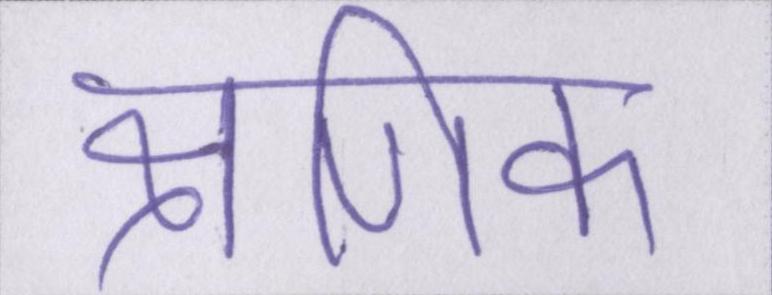
क्षणिक